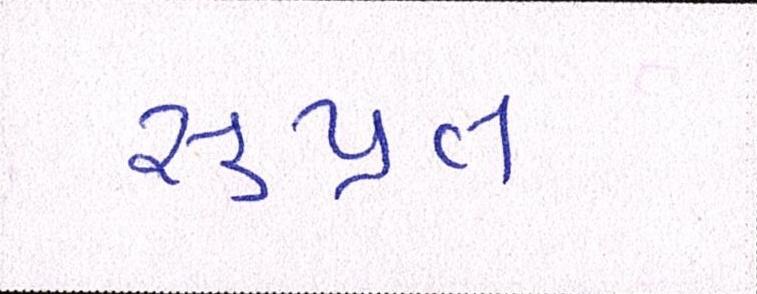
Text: સુપ્રત